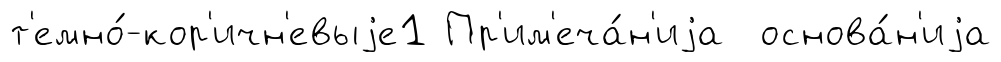
т'емно́-кор'ичн'евыjе1 Пр'им'еча́н'иjа основа́н'иjа